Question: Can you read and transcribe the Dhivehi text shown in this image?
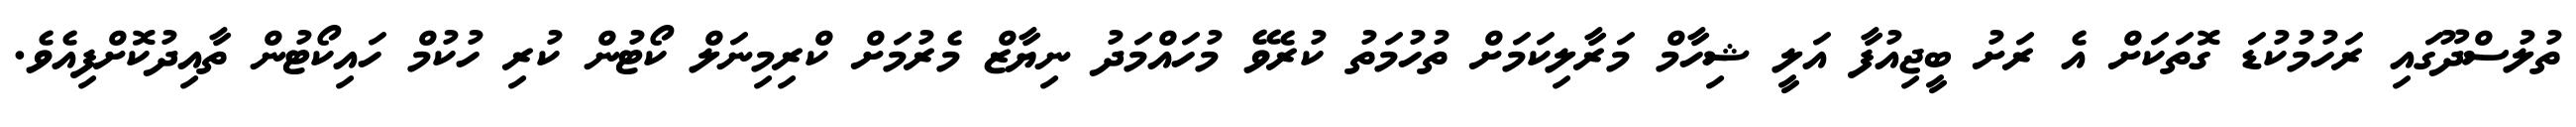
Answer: ތުލުސްދޫގައި ރަހުމުކުޑަ ގޮތަކަށް އެ ރަށު ބީޖިއުފާ އަލީ ޝިހާމް މަރާލިކަމަށް ތުހުމަތު ކުރެވޭ މުހައްމަދު ނިޔާޒް މެރުމަށް ކްރިމިނަލް ކޯޓުން ކުރި ހުކުމް ހައިކޯޓުން ތާއިދުކޮށްފިއެވެ.